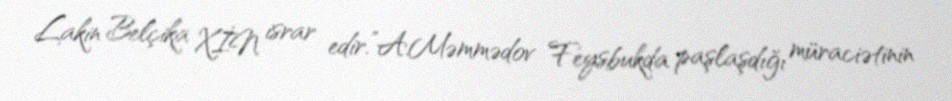
Lakin Belçika XİN israr edir.”A.Məmmədov Feysbukda paşlaşdığı müraciətinin